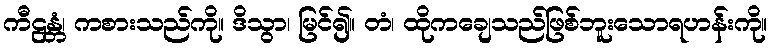
ကီဠန္တံ၊ ကစားသည်ကို။ ဒိသွာ၊ မြင်၍။ တံ၊ ထိုကချေသည်ဖြစ်ဘူးသောရဟန်းကို။